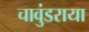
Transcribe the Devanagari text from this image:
चावुंडराया